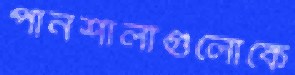
পানশালাগুলোকে